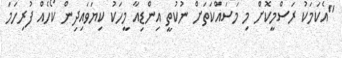
"އެކަމަކު ރަސްމީކޮށް މި މަސައްކަތަށް ނުކުތީ އިންޑިއާ މީހަކު ކިޔަވައިދިން ކޯހެއް ފުރިހަމަ